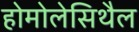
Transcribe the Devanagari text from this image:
होमोलेसिथैल